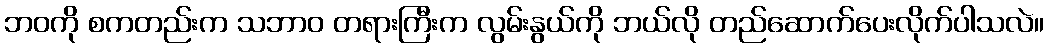
ဘဝကို စကတည်းက သဘာဝ တရားကြီးက လွမ်းနွယ်ကို ဘယ်လို တည်ဆောက်ပေးလိုက်ပါသလဲ။